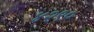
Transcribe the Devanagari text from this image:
४२९०